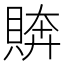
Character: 𧶭